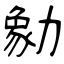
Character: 勨